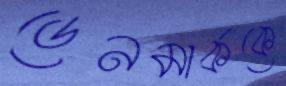
ডেনমার্ককে